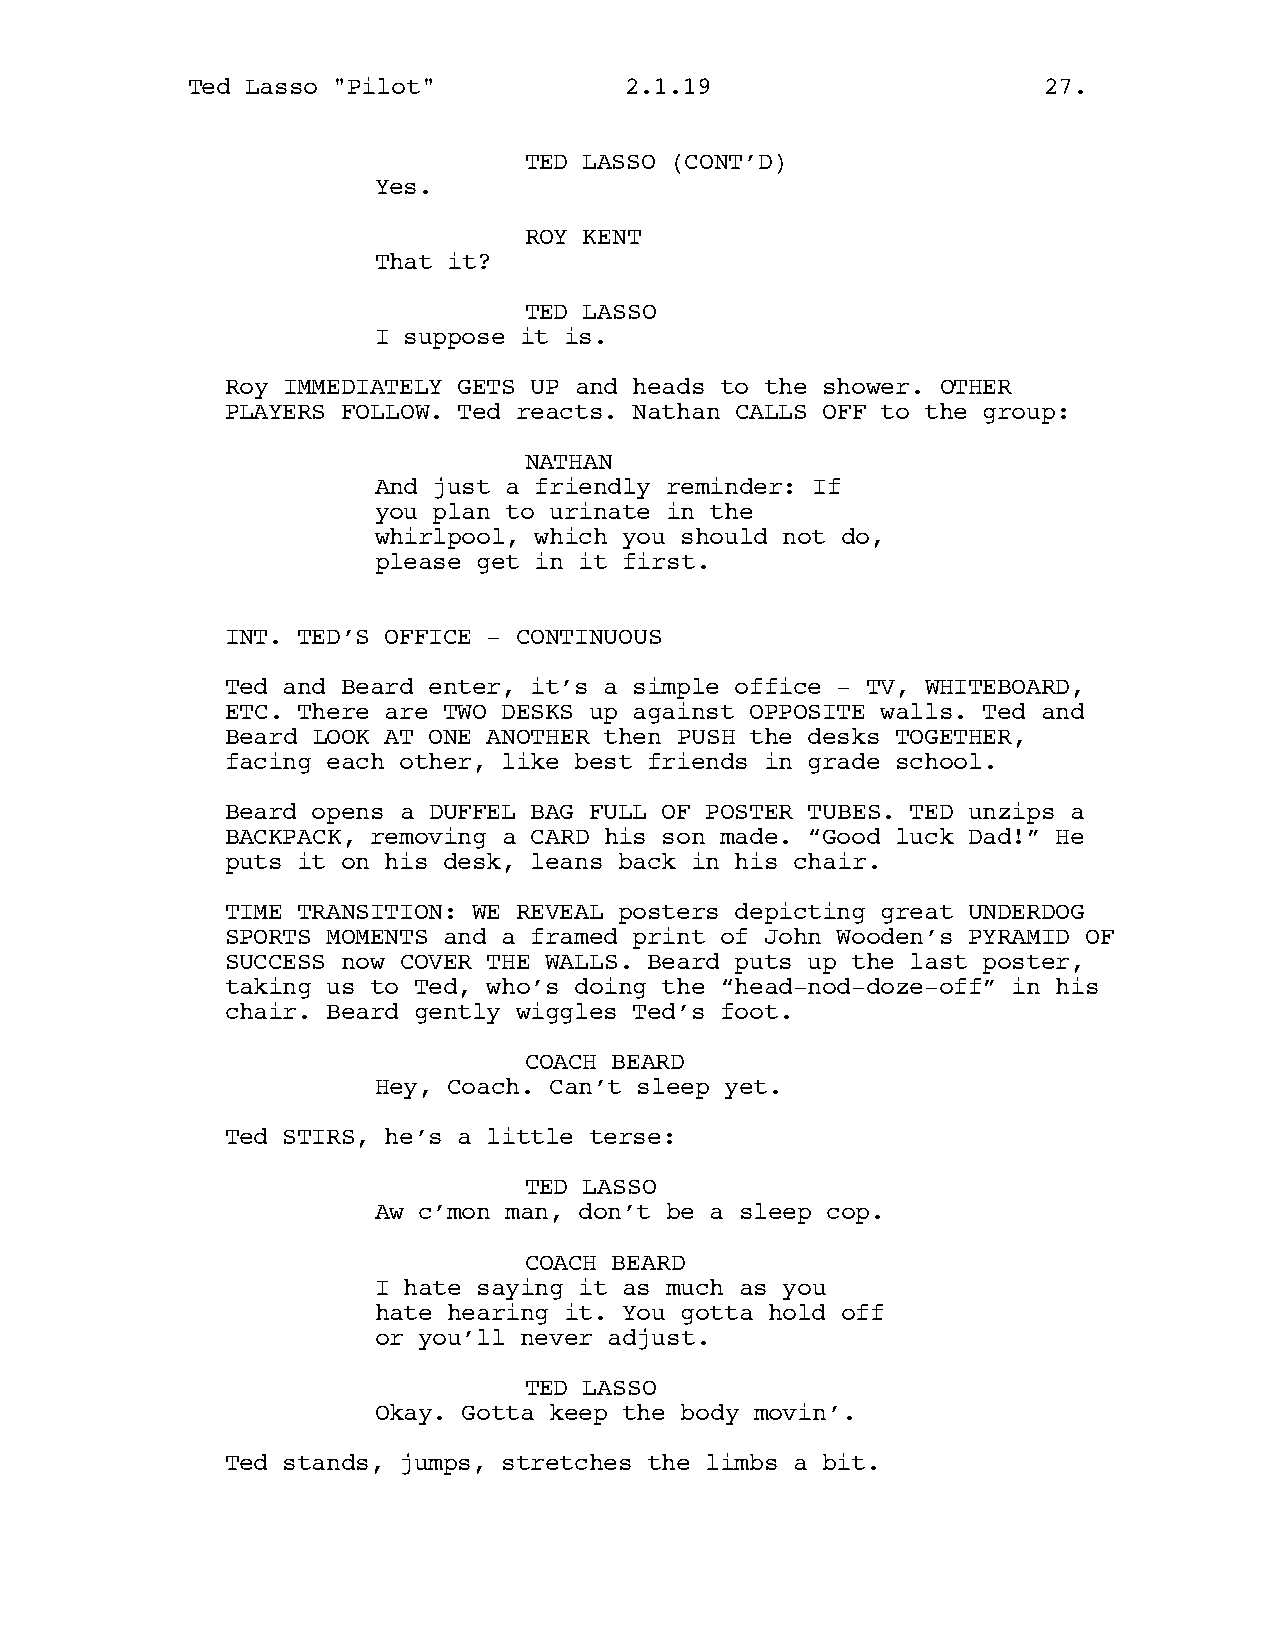
Ted Lasso "Pilot"            2.1.19                      27.
 TED LASSO (CONT’D)
 Yes.
 ROY KENT
 That it?
 TED LASSO
 I suppose it is.
 Roy IMMEDIATELY GETS UP and heads to the shower. OTHER
 PLAYERS FOLLOW. Ted reacts. Nathan CALLS OFF to the group:
 NATHAN
 And just a friendly reminder: If
 you plan to urinate in the
 whirlpool, which you should not do,
 please get in it first.
 INT. TED’S OFFICE - CONTINUOUS
 Ted and Beard enter, it’s a simple office - TV, WHITEBOARD,
 ETC. There are TWO DESKS up against OPPOSITE walls. Ted and
 Beard LOOK AT ONE ANOTHER then PUSH the desks TOGETHER,
 facing each other, like best friends in grade school.
 Beard opens a DUFFEL BAG FULL OF POSTER TUBES. TED unzips a
 BACKPACK, removing a CARD his son made. “Good luck Dad!” He
 puts it on his desk, leans back in his chair.
 TIME TRANSITION: WE REVEAL posters depicting great UNDERDOG
 SPORTS MOMENTS and a framed print of John Wooden’s PYRAMID OF
 SUCCESS now COVER THE WALLS. Beard puts up the last poster,
 taking us to Ted, who’s doing the “head-nod-doze-off” in his
 chair. Beard gently wiggles Ted’s foot.
 COACH BEARD
 Hey, Coach. Can’t sleep yet.
 Ted STIRS, he’s a little terse:
 TED LASSO
 Aw c’mon man, don’t be a sleep cop.
 COACH BEARD
 I hate saying it as much as you
 hate hearing it. You gotta hold off
 or you’ll never adjust.
 TED LASSO
 Okay. Gotta keep the body movin’.
 Ted stands, jumps, stretches the limbs a bit.